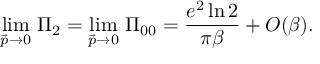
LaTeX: \operatorname * { l i m } _ { \vec { p } \rightarrow 0 } \, \Pi _ { 2 } = \operatorname * { l i m } _ { \vec { p } \rightarrow 0 } \, \Pi _ { 0 0 } = { \frac { e ^ { 2 } \ln 2 } { \pi \beta } } + { \cal O } ( \beta ) .